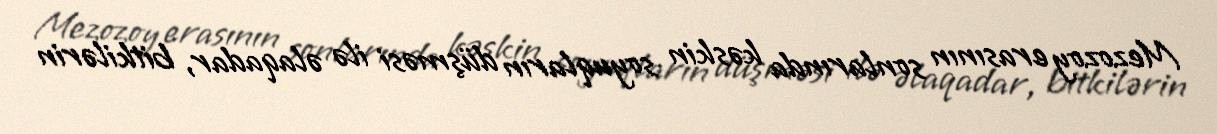
Mezozoy erasının sonlarında kəskin soyuqların düşməsi ilə əlaqadar, bitkilərin